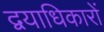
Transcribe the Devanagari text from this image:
द्वयाधिकारों